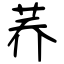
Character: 荞